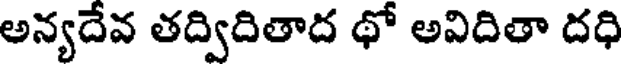
అన్యదేవ తద్విదితాద థో అవిదితా దధి